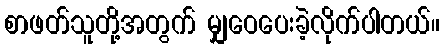
စာဖတ်သူတို့အတွက် မျှဝေပေးခဲ့လိုက်ပါတယ်။